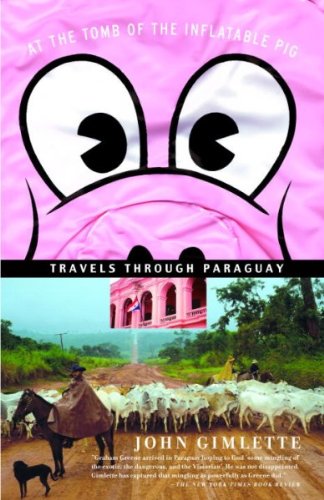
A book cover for [At the Tomb of the Inflatable Pig: Travels Through Paraguay] (By: John Gimlette) [published: March, 2005]; John Gimlette; Travel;